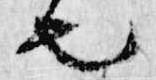
也